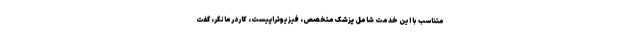
متناسب با این خدمت شامل پزشک متخصص، فیزیوتراپیست، کاردرمانگر، گفت